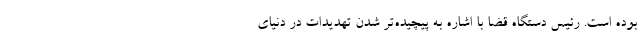
بوده است. رئیس دستگاه قضا با اشاره به پیچیده‌تر شدن تهدیدات در دنیای